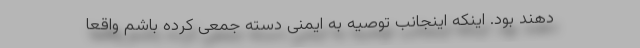
‌‌دهند بود. اینکه اینجانب توصیه به ایمنی دسته جمعی کرده باشم واقعا